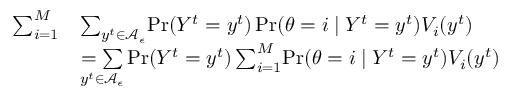
\begin{array} { r l } { \sum _ { i = 1 } ^ { M } } & { \sum _ { y ^ { t } \in \mathcal { A } _ { \epsilon } } \! \operatorname* { P r } ( Y ^ { t } = y ^ { t } ) \operatorname* { P r } ( \theta = i \mid Y ^ { t } = y ^ { t } ) V _ { i } ( y ^ { t } ) } \\ & { \underset { y ^ { t } \in \mathcal { A } _ { \epsilon } } { = \sum } \! \operatorname* { P r } ( Y ^ { t } = y ^ { t } ) \sum _ { i = 1 } ^ { M } \! \operatorname* { P r } ( \theta = i \mid Y ^ { t } = y ^ { t } ) V _ { i } ( y ^ { t } ) } \end{array}